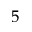
^ { 5 }